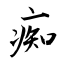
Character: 痴